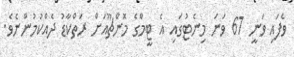
ވެފައި ވަނީ 67 ވަނަ މިނެޓުގައި އެ ޓީމްގެ މޮންޗޫއަށް ރަތްކާޑު ދެއްކުމުންނެވެ.